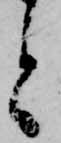
と